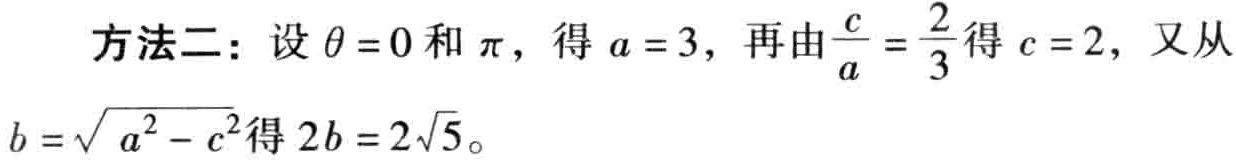
方法二：设\(\theta =0\)和\(\pi\)，得\(a = 3\)，再由\(\frac{c}{a}=\frac{2}{3}\)得\(c = 2\)，又从\(b = \sqrt{a^{2}-c^{2}}\)得\(2b = 2\sqrt{5}\)。